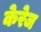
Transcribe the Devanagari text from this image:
केरेज